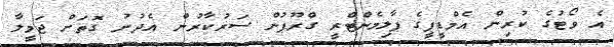
އެ ވޯޓުގެ ކުރިން އެމްޑީޕީގެ ޕާލިމެންޓްރީ ގްރޫޕުން ސަރުކާރުން އެދުނު ގޮތަށް ޖަމީލާ